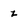
Character: z